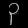
Digit: ၃